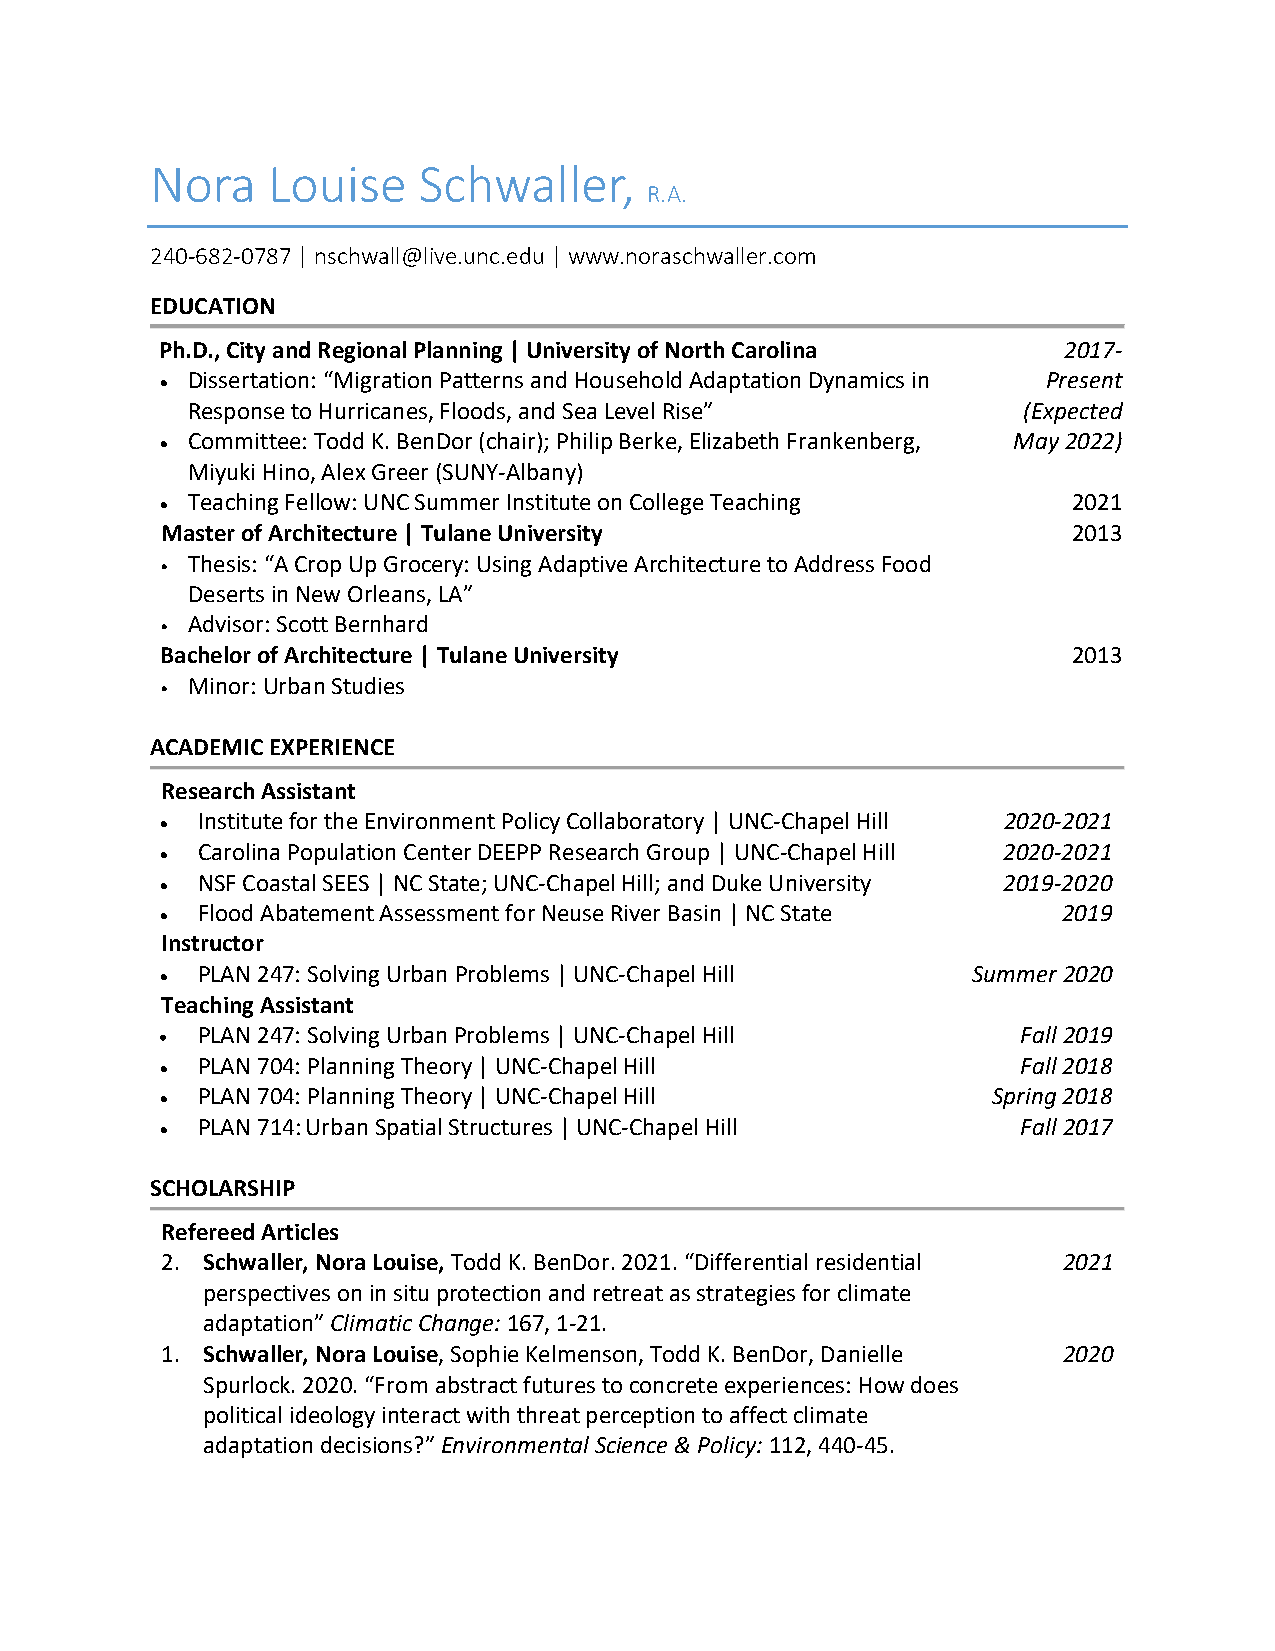
Nora    Louise    Schwaller,
 R.A.
 240-682-0787 | nschwall@live.unc.edu | www.noraschwaller.com
 EDUCATION
 Ph.D., City and Regional Planning | University of North Carolina 2017-
 • Dissertation: “Migration Patterns and Household Adaptation Dynamics in Present
 Response to Hurricanes, Floods, and Sea Level Rise”     (Expected
 • Committee: Todd K. BenDor (chair); Philip Berke, Elizabeth Frankenberg, May 2022)
 Miyuki Hino, Alex Greer (SUNY-Albany)
 • Teaching Fellow: UNC Summer Institute on College Teaching 2021
 Master of Architecture | Tulane University                  2013
 • Thesis: “A Crop Up Grocery: Using Adaptive Architecture to Address Food
 Deserts in New Orleans, LA”
 • Advisor: Scott Bernhard
 Bachelor of Architecture | Tulane University                2013
 • Minor: Urban Studies
 ACADEMIC EXPERIENCE
 Research Assistant
 • Institute for the Environment Policy Collaboratory | UNC-Chapel Hill 2020-2021
 • Carolina Population Center DEEPP Research Group | UNC-Chapel Hill 2020-2021
 • NSF Coastal SEES | NC State; UNC-Chapel Hill; and Duke University 2019-2020
 • Flood Abatement Assessment for Neuse River Basin | NC State 2019
 Instructor
 • PLAN 247: Solving Urban Problems | UNC-Chapel Hill Summer 2020
 Teaching Assistant
 PLAN 247: Solving Urban Problems | UNC-Chapel Hill     Fall 2019
 •
 • PLAN 704: Planning Theory | UNC-Chapel Hill            Fall 2018
 • PLAN 704: Planning Theory | UNC-Chapel Hill          Spring 2018
 • PLAN 714: Urban Spatial Structures | UNC-Chapel Hill   Fall 2017
 SCHOLARSHIP
 Refereed Articles
 2. Schwaller, Nora Louise, Todd K. BenDor. 2021. “Differential residential 2021
 perspectives on in situ protection and retreat as strategies for climate
 adaptation” Climatic Change: 167, 1-21.
 1. Schwaller, Nora Louise, Sophie Kelmenson, Todd K. BenDor, Danielle 2020
 Spurlock. 2020. “From abstract futures to concrete experiences: How does
 political ideology interact with threat perception to affect climate
 adaptation decisions?” Environmental Science & Policy: 112, 440-45.